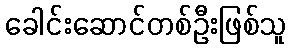
ခေါင်းဆောင်တစ်ဦးဖြစ်သူ